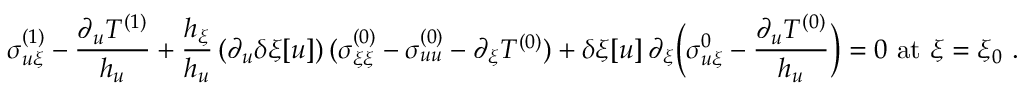
{ \sigma _ { u \xi } ^ { ( 1 ) } - \frac { \partial _ { u } T ^ { ( 1 ) } } { h _ { u } } } + \frac { h _ { \xi } } { h _ { u } } \, ( \partial _ { u } \delta \xi [ u ] ) \, ( \sigma _ { \xi \xi } ^ { ( 0 ) } - \sigma _ { u u } ^ { ( 0 ) } - \partial _ { \xi } T ^ { ( 0 ) } ) + \delta \xi [ u ] \, \partial _ { \xi } \Big ( \sigma _ { u \xi } ^ { 0 } - \frac { \partial _ { u } T ^ { ( 0 ) } } { h _ { u } } \Big ) = 0 \mathrm { ~ a t ~ } \xi = \xi _ { 0 } \ . \